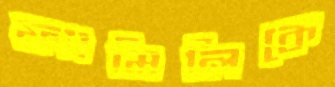
ফ্যামিলিকে